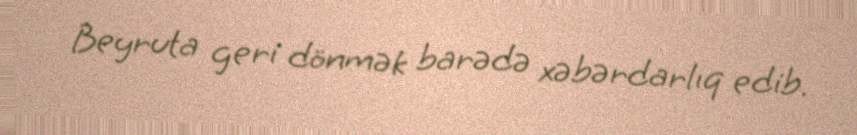
Beyruta geri dönmək barədə xəbərdarlıq edib.